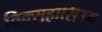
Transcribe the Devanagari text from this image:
विक्सहौसिउम